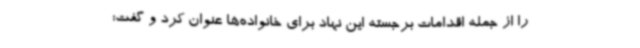
را از جمله اقدامات برجسته این نهاد برای خانواده‌ها عنوان کرد و گفت: